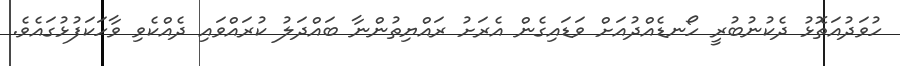
ހުވަދުއަތޮޅު ދެކުނުބުރީ ހޯނޑެއްދުއަށް ވަޑައިގެން އެރަށު ރައްޔިތުންނާ ބައްދަލު ކުރައްވައި ދެއްކެވި ވާހަކަފުޅުގައެވެ.